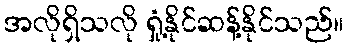
အလိုရှိသလို ရှုံ့နိုင်ဆန့်နိုင်သည်။